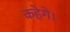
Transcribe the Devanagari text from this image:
कहेगे।